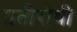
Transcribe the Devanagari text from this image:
प्रतीरोधी